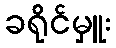
ခရိုင်မှူး